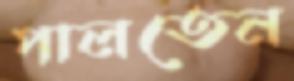
পালতেন